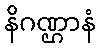
နိဂဏ္ဌာနံ